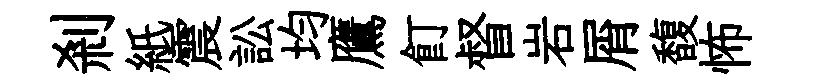
剎紙震訟均鷹飣督岩屑馥怖